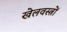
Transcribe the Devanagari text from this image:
खेलवस्त्रों